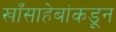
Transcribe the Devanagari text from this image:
खाँसाहेबांकडून